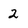
Character: 2